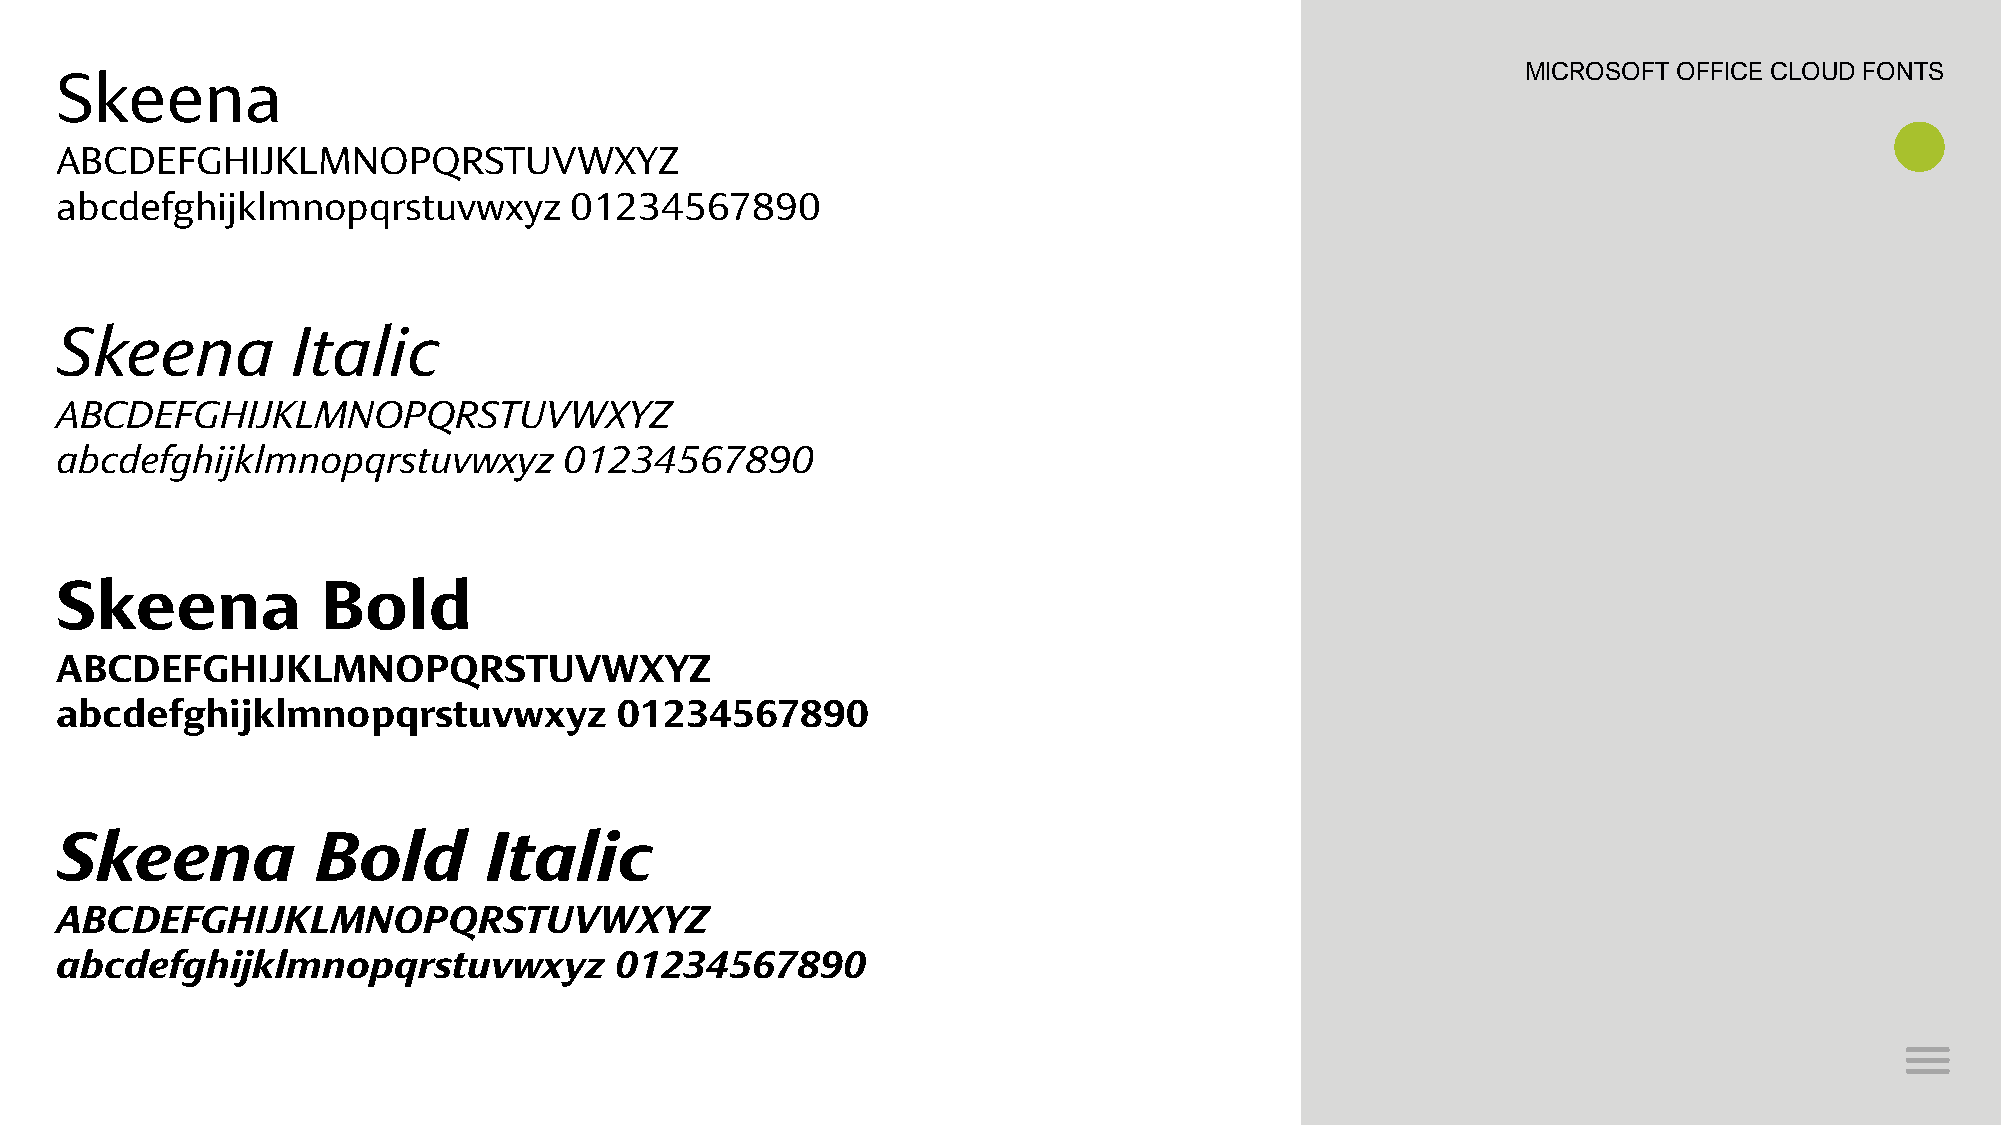
Skeena                                                                                           MICROSOFT OFFICE CLOUD FONTS
 ABCDEFGHIJKLMNOPQRSTUVWXYZ
 abcdefghijklmnopqrstuvwxyz        01234567890
 Skeena         Italic
 ABCDEFGHIJKLMNOPQRSTUVWXYZ
 abcdefghijklmnopqrstuvwxyz       01234567890
 Skeena           Bold
 ABCDEFGHIJKLMNOPQRSTUVWXYZ
 abcdefghijklmnopqrstuvwxyz           01234567890
 Skeena           Bold       Italic
 ABCDEFGHIJKLMNOPQRSTUVWXYZ
 abcdefghijklmnopqrstuvwxyz           01234567890